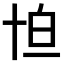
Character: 𠦠